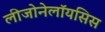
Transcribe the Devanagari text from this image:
लीजोनेलॉयसिस